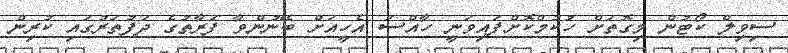
ސިވިލް ކޯޓުން މިގޮތަށް ހުކުމްކޮށްފައިވަނީ ހާއްސަ އެހީއަށް ބޭނުންވާ ފަރާތުގެ ދަފުތަރުގައި ކުރިން